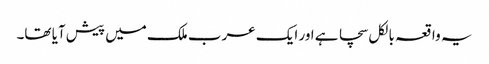
یہ واقعہ بالکل سچا ہے اور ایک عرب ملک میں پیش آیا تھا۔